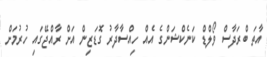
އާތަ ބްރަދާސް ވޯލްޑް ކަނެކްޝަންގެ އެއް ހިއްސާދާރު ގޮޑަޒިން އަށް ރާއްޖޭގައި ހުރުމަށް